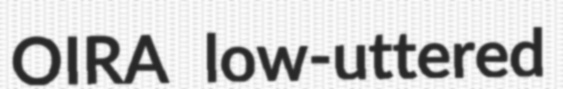
OIRA low-uttered